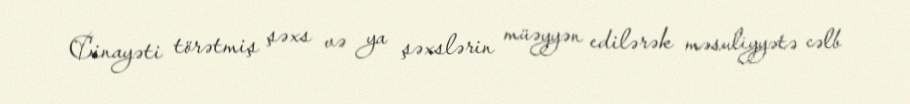
Cinayəti törətmiş şəxs və ya şəxslərin müəyyən edilərək məsuliyyətə cəlb